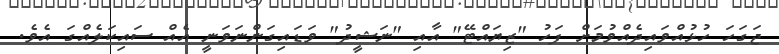
ޖަގަހަ ހުޅުއްވައިދެއްވުމަށް ފަހު "ޒިޔައްޓޭ" އާއި "ނަޝީދު" ވަޑައިގަންނަވަނީ އެއް ސައިކަލެއްގަ އެވެ.